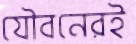
যৌবনেরই